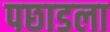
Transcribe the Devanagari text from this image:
पछाडला